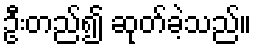
ဦးတည်၍ ဆုတ်ခဲ့သည်။